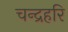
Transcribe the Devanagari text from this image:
चन्द्रहरि